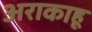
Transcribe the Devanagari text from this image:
अराकाहू